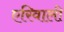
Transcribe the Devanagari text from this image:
एरिवाली